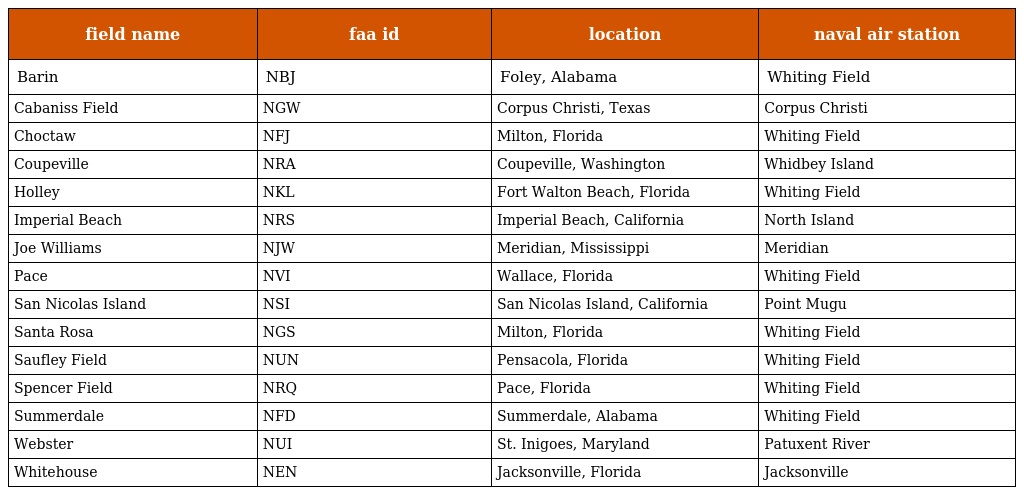
| field name | faa id | location | naval air station |
 | --- | --- | --- | --- |
 | Barin | NBJ | Foley, Alabama | Whiting Field |
 | Cabaniss Field | NGW | Corpus Christi, Texas | Corpus Christi |
 | Choctaw | NFJ | Milton, Florida | Whiting Field |
 | Coupeville | NRA | Coupeville, Washington | Whidbey Island |
 | Holley | NKL | Fort Walton Beach, Florida | Whiting Field |
 | Imperial Beach | NRS | Imperial Beach, California | North Island |
 | Joe Williams | NJW | Meridian, Mississippi | Meridian |
 | Pace | NVI | Wallace, Florida | Whiting Field |
 | San Nicolas Island | NSI | San Nicolas Island, California | Point Mugu |
 | Santa Rosa | NGS | Milton, Florida | Whiting Field |
 | Saufley Field | NUN | Pensacola, Florida | Whiting Field |
 | Spencer Field | NRQ | Pace, Florida | Whiting Field |
 | Summerdale | NFD | Summerdale, Alabama | Whiting Field |
 | Webster | NUI | St. Inigoes, Maryland | Patuxent River |
 | Whitehouse | NEN | Jacksonville, Florida | Jacksonville |